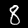
Digit: 8